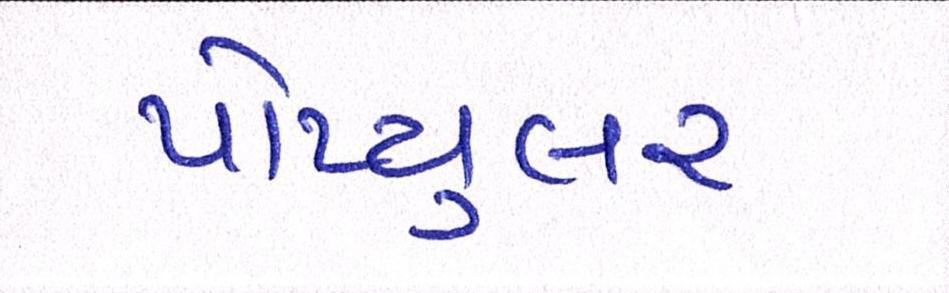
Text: પોપ્યુલર